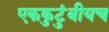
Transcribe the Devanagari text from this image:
एककुटुंबीयच